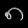
Digit: ၈